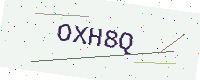
Text: OXH8Q